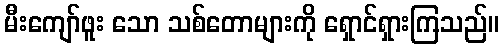
မီးကျော်ဖူး သော သစ်တောများကို ရှောင်ရှားကြသည်။